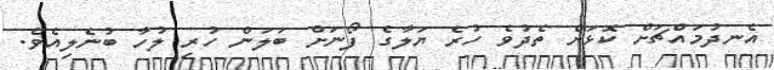
އެނދުމައްޗަށް ކޮޅަށް ތެދުވެ ހުރެ ޔަލާގެ ފޯނަށް ބަލަން ހުރި ލުހާ ބުނެލިއެވެ.